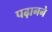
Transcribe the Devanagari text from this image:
पढ़ानने